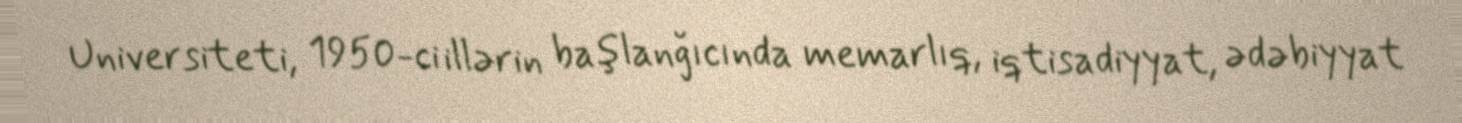
Universiteti, 1950-ci illərin başlanğıcında memarlıq, iqtisadiyyat, ədəbiyyat